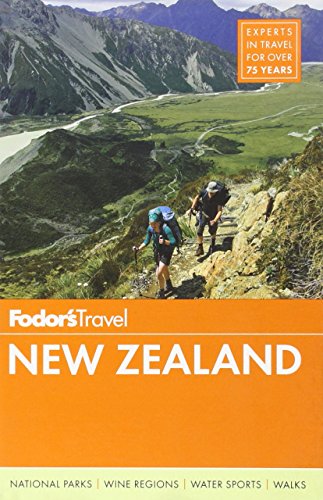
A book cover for Fodor's New Zealand (Full-color Travel Guide); Fodor's; Travel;